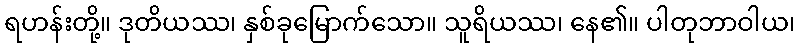
ရဟန်းတို့။ ဒုတိယဿ၊ နှစ်ခုမြောက်သော။ သူရိယဿ၊ နေ၏။ ပါတုဘာဝါယ၊